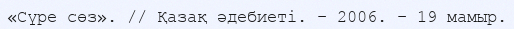
«Сүре сөз». // Қазақ әдебиеті. – 2006. – 19 мамыр.